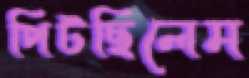
পিটছিলেম